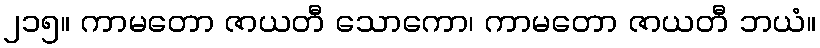
၂၁၅။ ကာမတော ဇာယတီ သောကော၊ ကာမတော ဇာယတီ ဘယံ။